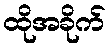
ထိုအခိုက်